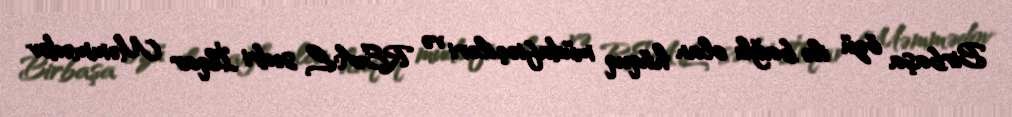
Birbaşa özü ilə bağlı olan hüquq müdafiəçiləri və REAL sədri İlqar Məmmədov